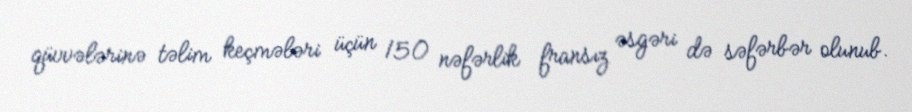
qüvvələrinə təlim keçmələri üçün 150 nəfərlik fransız əsgəri də səfərbər olunub.